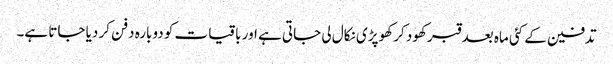
تدفین کے کئی ماہ بعد قبر کھود کر کھوپڑی نکال لی جاتی ہے اور باقیات کو دوبارہ دفن کر دیا جاتا ہے۔